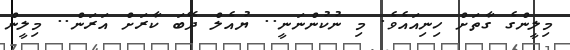
މިލީންގެ ގާތަށް ހިނިއައެވެ. މި ނުކުންނަނީ.. ޔުއެލް ދޭބަ ކާރަށް އަރަން.. މިލީން